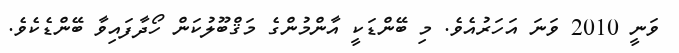
ވަނީ 2010 ވަނަ އަހަރުއެވެ. މި ބޭންޑަކީ އާންމުންގެ މަޤްބޫލުކަން ހޯދާފައިވާ ބޭންޑެކެވެ.